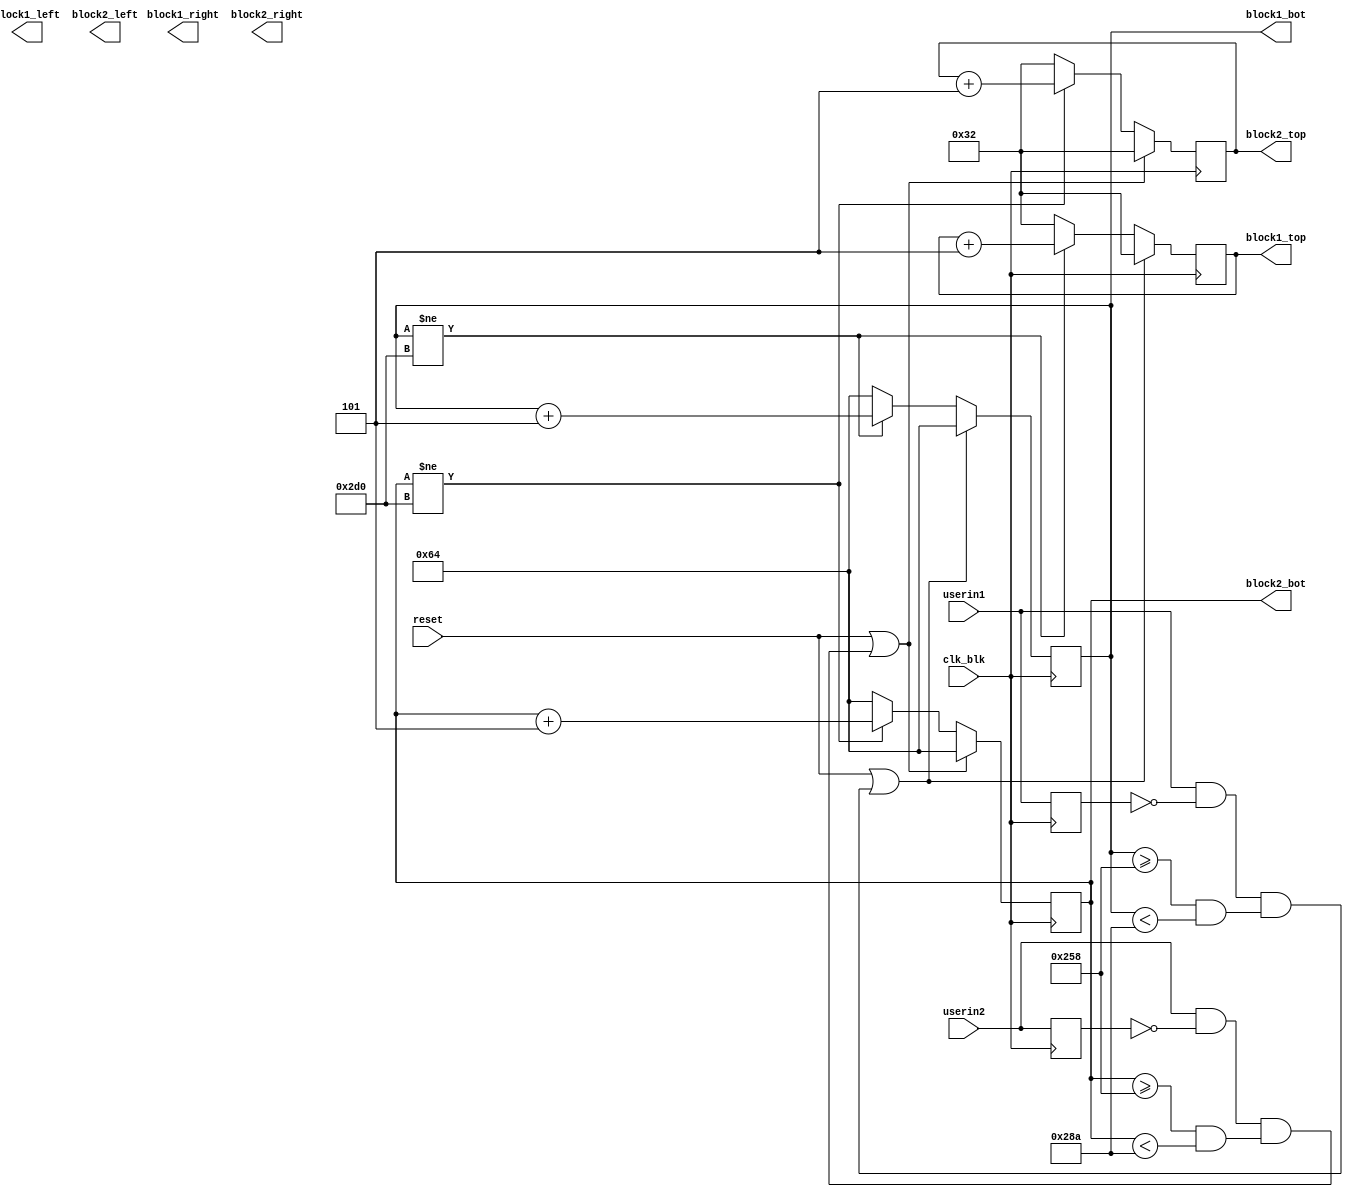
`timescale 1ns / 1ps

module blockmaster(
    input clk_blk,
    input reset,
    input userin1,
    input userin2,
    
    output reg [9:0] block1_top,
    output reg [9:0] block1_bot,
    output reg [10:0] block1_left, //width of 300px
    output reg [10:0] block1_right,
    
    output reg [9:0] block2_top,
    output reg [9:0] block2_bot,
    output reg [10:0] block2_left, //width of 300px
    output reg [10:0] block2_right
    );
    reg u1;
    reg u2;
    wire p1;
    wire p2;
    
    assign p1 = userin1 && ~u1;
    assign p2 = userin2 && ~u2;
    
    always@(posedge clk_blk)
    begin
        u1 <= userin1;
        u2 <= userin2;
        
        if (reset||(p1&&((block1_bot>=600)&&(block1_bot<650)))) begin
            block1_bot <= 100;
            block1_top <= 50;
        end else begin
            if(block1_bot != 720)begin
                block1_bot <= block1_bot + 5;
                block1_top <= block1_top + 5;
            end else begin
                block1_bot <= 100;
                block1_top <= 50;
            end
        end
        
        
        
        if (reset||(p2&&((block2_bot>=600)&&(block2_bot<650)))) begin   
            block2_bot <= 100;
            block2_top <= 50;
        end else begin
            if(block2_bot != 720)begin
                block2_bot <= block2_bot + 5;
                block2_top <= block2_top + 5;
            end else begin
                block2_bot <= 100;
                block2_top <= 50;
            end
        end
        
    end

    
endmodule